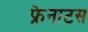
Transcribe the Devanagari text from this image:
फ्रेनाटस